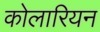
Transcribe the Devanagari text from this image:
कोलारियन